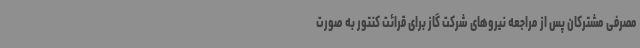
مصرفی مشترکان پس از مراجعه نیروهای شرکت گاز برای قرائت کنتور به صورت